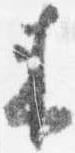
来